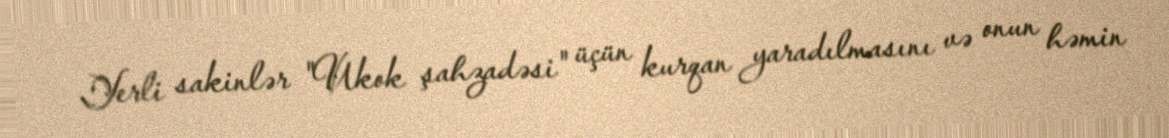
Yerli sakinlər "Ukok şahzadəsi" üçün kurqan yaradılmasını və onun həmin